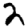
Digit: 2